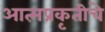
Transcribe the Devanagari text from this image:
आत्मप्रकृतीचे